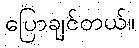
ပြောချင်တယ်။